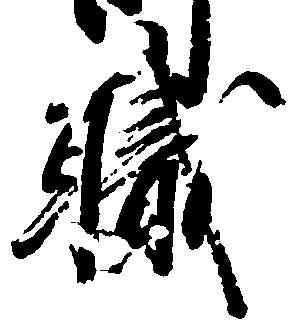
職